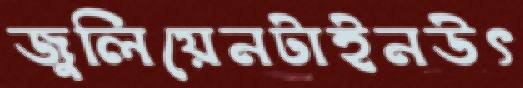
জুলিয়েনটাইনউৎ